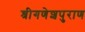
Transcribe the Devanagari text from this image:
श्रीगणेशपुराण